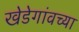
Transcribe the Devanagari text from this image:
खेडेगांवच्या